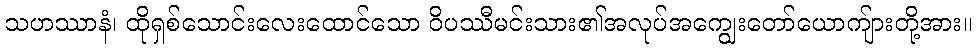
သဟဿာနံ၊ ထိုရှစ်သောင်းလေးထောင်သော ဝိပဿီမင်းသား၏အလုပ်အကျွေးတော်ယောကျ်ားတို့အား။